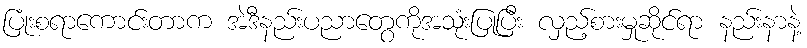
ပြုံးစရာကောင်းတာက အဲဒီနည်းပညာတွေကိုအသုံးပြုပြီး လှည့်စားမှုဆိုင်ရာ နည်းနာနဲ့